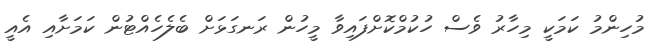
މުހިންމު ކަމަކީ މިހާރު ވެސް ހުކުމްކޮށްފައިވާ މީހުން ރަނގަޅަށް ބެލެހެއްޓުން ކަމަށާއި އެއީ